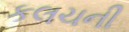
કલચની